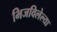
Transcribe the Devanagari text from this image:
भिजविलेल्या